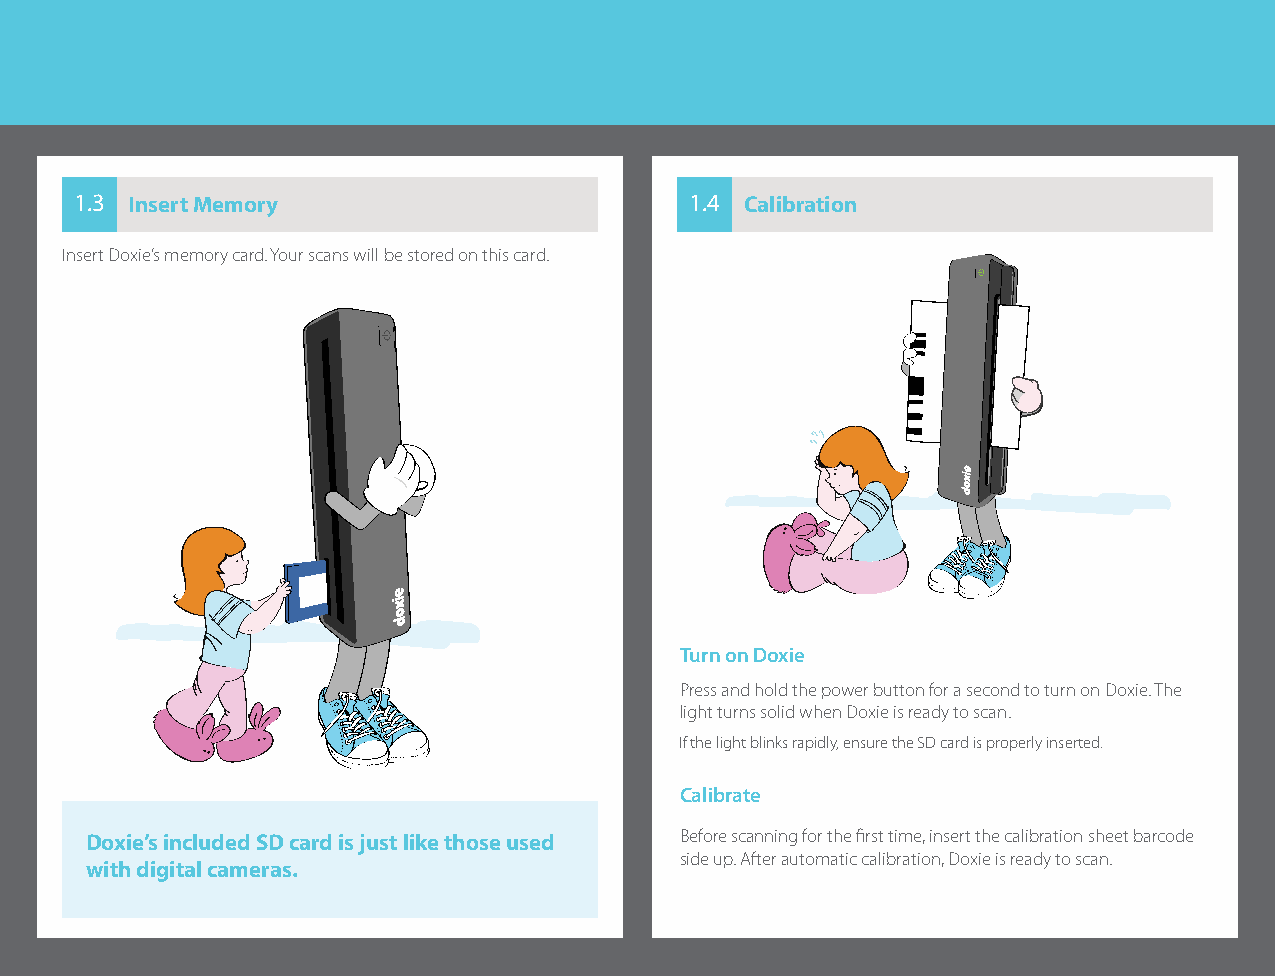
1.3 Insert Memory                        1.4 Calibration
 Insert Doxie’s memory card. Your scans will be stored on this card.
 Turn on Doxie
 Press and hold the power button for a second to turn on Doxie. The
 light turns solid when Doxie is ready to scan.
 If the light blinks rapidly, ensure the SD card is properly inserted.
 Calibrate
 Doxie’s included SD card is just like those used Before scanning for the first time, insert the calibration sheet barcode
 side up. After automatic calibration, Doxie is ready to scan.
 with digital cameras.